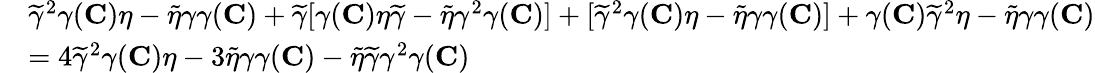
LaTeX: \begin{array}{rl}&{\widetilde{\gamma}^{2}\gamma({\mathbf{C}})\eta-\widetilde{\eta}\gamma\gamma({\mathbf{C}})+\widetilde{\gamma}[\gamma({\mathbf{C}})\eta\widetilde{\gamma}-\widetilde{\eta}\gamma^{2}\gamma({\mathbf{C}})]+[\widetilde{\gamma}^{2}\gamma({\mathbf{C}})\eta-\widetilde{\eta}\gamma\gamma({\mathbf{C}})]+\gamma({\mathbf{C}})\widetilde{\gamma}^{2}\eta-\widetilde{\eta}\gamma\gamma({\mathbf{C}})}\\ &{=4\widetilde{\gamma}^{2}\gamma({\mathbf{C}})\eta-3\widetilde{\eta}\gamma\gamma({\mathbf{C}})-\widetilde{\eta}\widetilde{\gamma}\gamma^{2}\gamma({\mathbf{C}})}\end{array}